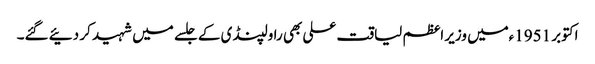
اکتوبر 1951ءمیں وزیر اعظم لیاقت علی بھی راولپنڈی کے جلسے میں شہید کر دئیے گئے۔